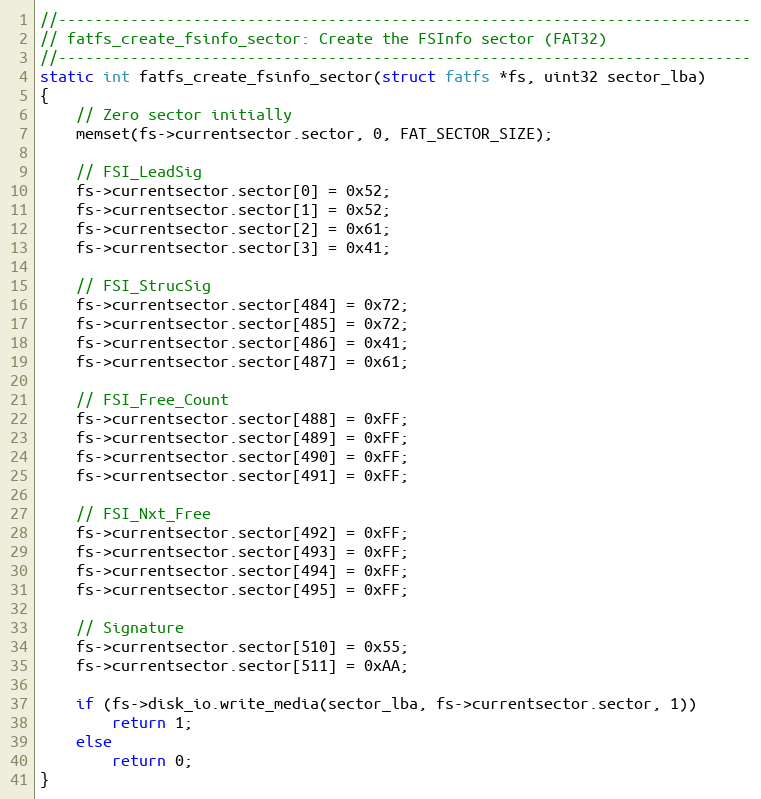
Language: C
//-----------------------------------------------------------------------------
// fatfs_create_fsinfo_sector: Create the FSInfo sector (FAT32)
//-----------------------------------------------------------------------------
static int fatfs_create_fsinfo_sector(struct fatfs *fs, uint32 sector_lba)
{
    // Zero sector initially
    memset(fs->currentsector.sector, 0, FAT_SECTOR_SIZE);

    // FSI_LeadSig
    fs->currentsector.sector[0] = 0x52;
    fs->currentsector.sector[1] = 0x52;
    fs->currentsector.sector[2] = 0x61;
    fs->currentsector.sector[3] = 0x41;

    // FSI_StrucSig
    fs->currentsector.sector[484] = 0x72;
    fs->currentsector.sector[485] = 0x72;
    fs->currentsector.sector[486] = 0x41;
    fs->currentsector.sector[487] = 0x61;

    // FSI_Free_Count
    fs->currentsector.sector[488] = 0xFF;
    fs->currentsector.sector[489] = 0xFF;
    fs->currentsector.sector[490] = 0xFF;
    fs->currentsector.sector[491] = 0xFF;

    // FSI_Nxt_Free
    fs->currentsector.sector[492] = 0xFF;
    fs->currentsector.sector[493] = 0xFF;
    fs->currentsector.sector[494] = 0xFF;
    fs->currentsector.sector[495] = 0xFF;

    // Signature
    fs->currentsector.sector[510] = 0x55;
    fs->currentsector.sector[511] = 0xAA;

    if (fs->disk_io.write_media(sector_lba, fs->currentsector.sector, 1))
        return 1;
    else
        return 0;
}